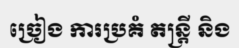
ច្រៀង ការប្រគំ តន្ត្រី និង